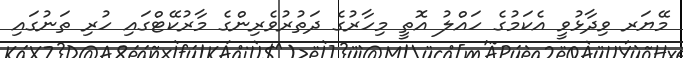
މޭޔަރ ވިދާޅުވީ އެކަމުގެ ހައްލު އޮތީ މިހާރުގެ ދަތުރުވެރިންގެ މާރުކޭޓްގައި ހުރި ތަނުގައި